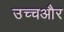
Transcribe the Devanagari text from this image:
उच्चऔर